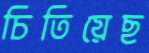
চিতিয়েছ